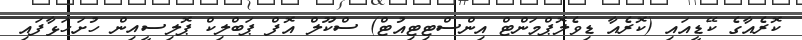
ކޮރެއާގެ ކޭޑީއައި (ކޮރެއާ ޑިވެލޮޕްމަންޓް އިންސްޓިޓިއުޓް) ސްކޫލް އޮފް ޕަބްލިކް ޕޮލިސީއިން ހުށަހަޅާފައި